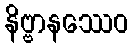
နိဗ္ဗာနဿေဝ